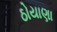
ઠોયાણા